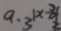
a \cdot 3 ^ { \vert x - 3 \vert }